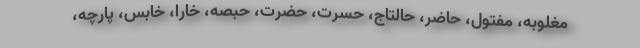
مغلوبه، مفتول، حاضر، حالتاج، حسرت، حضرت، حبصه، خارا، خابس، پارچه،